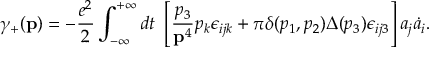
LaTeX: \gamma _ { + } ( { \bf p } ) = - \frac { e ^ { 2 } } { 2 } \int _ { - \infty } ^ { + \infty } d t ~ \left[ \frac { p _ { 3 } } { { \bf p } ^ { 4 } } p _ { k } \epsilon _ { i j k } + \pi \delta ( p _ { 1 } , p _ { 2 } ) \Delta ( p _ { 3 } ) \epsilon _ { i j 3 } \right] a _ { j } \dot { a } _ { i } .